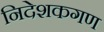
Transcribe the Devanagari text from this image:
निदेशकगण